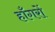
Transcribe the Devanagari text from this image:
हाँगरों